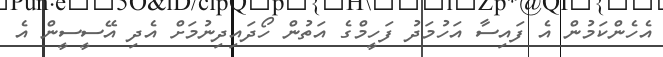
އެހެންކަމުން އެ ފައިސާ އަހުމަދު ފަހީމްގެ އަތުން ހޯދައިދިނުމަށް އެދި އޭސީސީން އެ